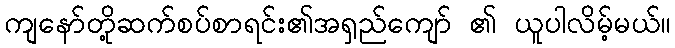
ကျနော်တို့ဆက်စပ်စာရင်း၏အရှည်ကျော် ၏ ယူပါလိမ့်မယ်။